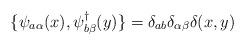
LaTeX: \begin{align*}\{ \psi_{a\alpha}(x),\psi^{\dagger}_{b\beta}(y)\}=\delta_{ab}\delta_{\alpha\beta}\delta(x,y)\end{align*}